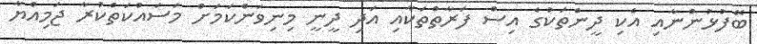
ބޭފުޅުންނާއި އެކި ދީންތަކުގެ އިސް ފަރާތްތަކާއި އަދި ދީނީ މިނިވަންކަމަށް މަސައްކަތްކުރާ ޖަމިއްޔާ